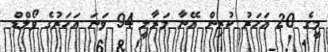
މީގެ 20 އަހަރު ކުރިން އޭނާ މަރާލީ 94 ވަނަ އަހަރުގެ ވޯލްޑް